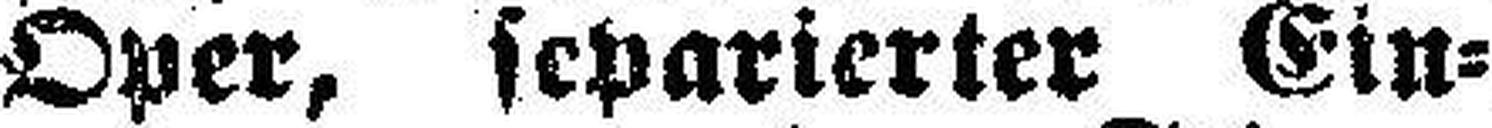
Oper, separierter Ein¬